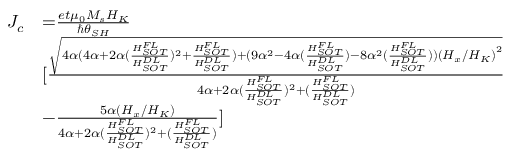
\begin{array} { l l } { J _ { c } } & { { = } \frac { e t { \mu } _ { 0 } M _ { s } H _ { K } } { { \hslash } { \theta } _ { S H } } } \\ & { [ \frac { \sqrt { { 4 } \alpha { ( 4 } \alpha { + 2 } \alpha ( \frac { H _ { S O T } ^ { F L } } { H _ { S O T } ^ { D L } } ) ^ { { 2 } } { + } \frac { H _ { S O T } ^ { F L } } { H _ { S O T } ^ { D L } } { ) + ( 9 } { \alpha } ^ { { 2 } } { - } { 4 } \alpha { ( } \frac { H _ { S O T } ^ { F L } } { H _ { S O T } ^ { D L } } { ) - 8 } { \alpha } ^ { { 2 } } { ( } \frac { H _ { S O T } ^ { F L } } { H _ { S O T } ^ { D L } } { ) ) } { { ( } H _ { x } { / } H _ { K } { ) } } ^ { { 2 } } } } { { { 4 } \alpha { + 2 } \alpha ( \frac { H _ { S O T } ^ { F L } } { H _ { S O T } ^ { D L } } ) ^ { { 2 } } { + ( } \frac { H _ { S O T } ^ { F L } } { H _ { S O T } ^ { D L } } { ) } } } } \\ & { { - } \frac { { 5 } \alpha { ( } H _ { x } { / } H _ { K } { ) } } { { 4 } \alpha { + 2 } \alpha ( \frac { H _ { S O T } ^ { F L } } { H _ { S O T } ^ { D L } } ) ^ { { 2 } } { + ( } \frac { H _ { S O T } ^ { F L } } { H _ { S O T } ^ { D L } } { ) } } ] } \end{array}